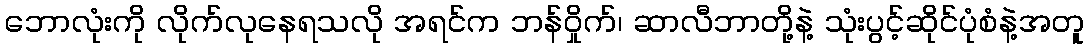
ဘောလုံးကို လိုက်လုနေရသလို အရင်က ဘန်ဝှိုက်၊ ဆာလီဘာတို့နဲ့ သုံးပွင့်ဆိုင်ပုံစံနဲ့အတူ